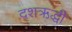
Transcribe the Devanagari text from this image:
दशऋद्धी